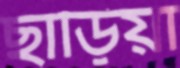
ছাড়িয়া